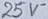
Text: 25V